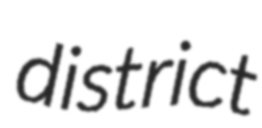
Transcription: district